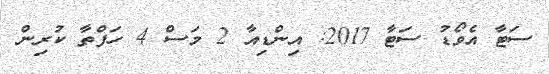
ސަޓާ އެވޯޑު ސަޓާ 2017: އިންޑިއާ 2 މަސް 4 ހަފްތާ ކުރިން